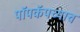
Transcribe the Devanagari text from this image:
पॉपकॅपच्याच